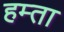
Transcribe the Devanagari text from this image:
हम्ता